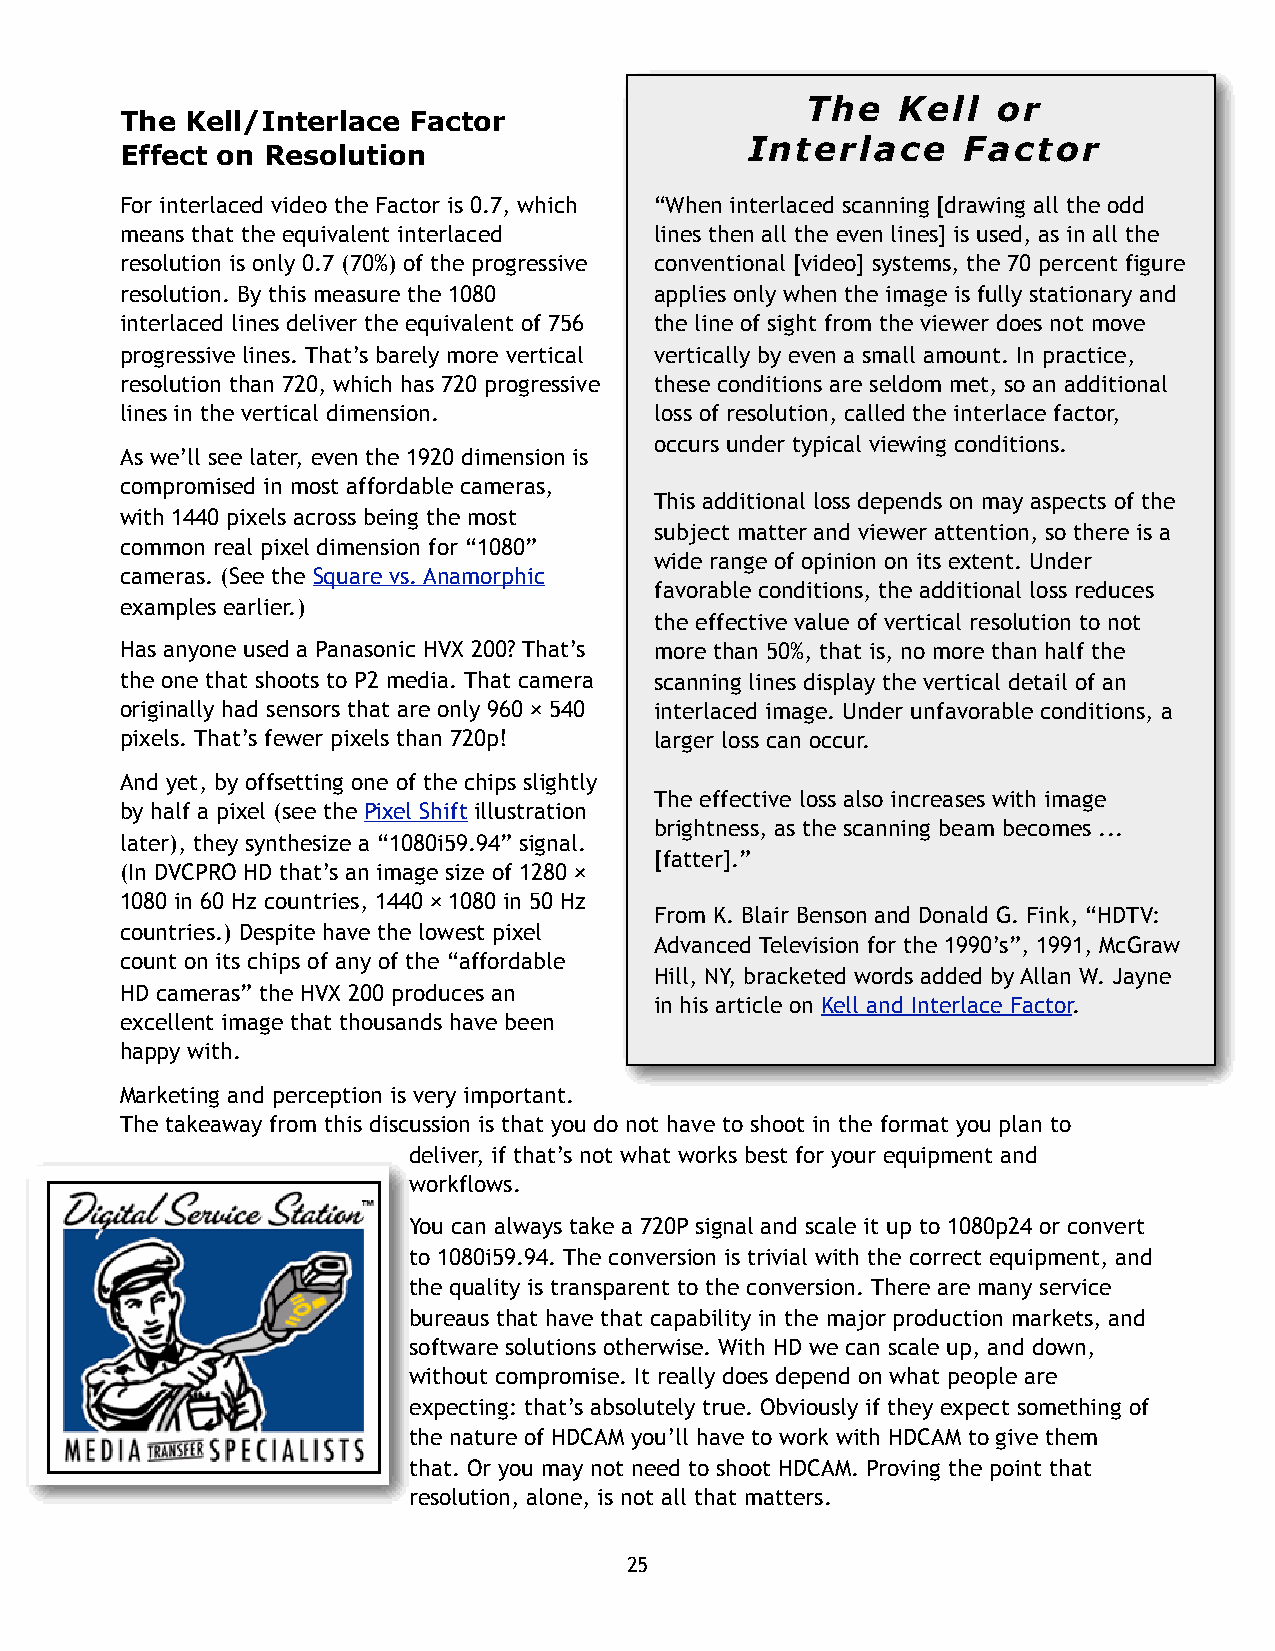
The    Kell  or
 The Kell/Interlace Factor
 Interlace      Factor
 Effect on Resolution
 For interlaced video the Factor is 0.7, which “When interlaced scanning [drawing all the odd
 means that the equivalent interlaced lines then all the even lines] is used, as in all the
 resolution is only 0.7 (70%) of the progressive conventional [video] systems, the 70 percent figure
 resolution. By this measure the 1080 applies only when the image is fully stationary and
 interlaced lines deliver the equivalent of 756 the line of sight from the viewer does not move
 progressive lines. That’s barely more vertical vertically by even a small amount. In practice,
 resolution than 720, which has 720 progressive these conditions are seldom met, so an additional
 lines in the vertical dimension.   loss of resolution, called the interlace factor,
 occurs under typical viewing conditions.
 As we’ll see later, even the 1920 dimension is
 compromised in most affordable cameras,
 This additional loss depends on may aspects of the
 with 1440 pixels across being the most
 subject matter and viewer attention, so there is a
 common real pixel dimension for “1080”
 wide range of opinion on its extent. Under
 cameras. (See the Square vs. Anamorphic
 favorable conditions, the additional loss reduces
 examples earlier.)
 the effective value of vertical resolution to not
 Has anyone used a Panasonic HVX 200? That’s more than 50%, that is, no more than half the
 the one that shoots to P2 media. That camera scanning lines display the vertical detail of an
 originally had sensors that are only 960 × 540 interlaced image. Under unfavorable conditions, a
 pixels. That’s fewer pixels than 720p! larger loss can occur.
 And yet, by offsetting one of the chips slightly
 The effective loss also increases with image
 by half a pixel (see the Pixel Shift illustration
 brightness, as the scanning beam becomes ...
 later), they synthesize a “1080i59.94” signal.
 [fatter].”
 (In DVCPRO HD that’s an image size of 1280 ×
 1080 in 60 Hz countries, 1440 × 1080 in 50 Hz
 From K. Blair Benson and Donald G. Fink, “HDTV:
 countries.) Despite have the lowest pixel
 Advanced Television for the 1990’s”, 1991, McGraw
 count on its chips of any of the “affordable
 Hill, NY, bracketed words added by Allan W. Jayne
 HD cameras” the HVX 200 produces an
 in his article on Kell and Interlace Factor.
 excellent image that thousands have been
 happy with.
 Marketing and perception is very important.
 The takeaway from this discussion is that you do not have to shoot in the format you plan to
 deliver, if that’s not what works best for your equipment and
 workflows.
 You can always take a 720P signal and scale it up to 1080p24 or convert
 to 1080i59.94. The conversion is trivial with the correct equipment, and
 the quality is transparent to the conversion. There are many service
 bureaus that have that capability in the major production markets, and
 software solutions otherwise. With HD we can scale up, and down,
 without compromise. It really does depend on what people are
 expecting: that’s absolutely true. Obviously if they expect something of
 the nature of HDCAM you’ll have to work with HDCAM to give them
 that. Or you may not need to shoot HDCAM. Proving the point that
 resolution, alone, is not all that matters.
 25